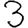
Digit: 3